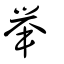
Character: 舉